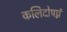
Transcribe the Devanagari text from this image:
कलिदोषघ्नं